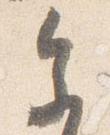
参